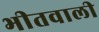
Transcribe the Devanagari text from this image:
भीतवाली